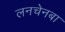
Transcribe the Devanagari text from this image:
लनचेनबा